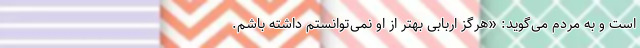
است و به مردم می‌گوید: «هرگز اربابی بهتر از او نمی‌توانستم داشته باشم.